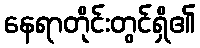
နေရာတိုင်းတွင်ရှိ၏